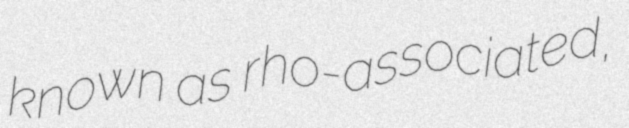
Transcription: known as rho-associated,